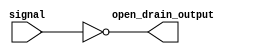
module open_drain_inverter (
    input signal,
    output open_drain_output
);

assign open_drain_output = ~signal;

endmodule